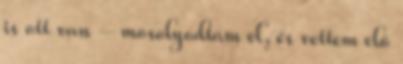
is ott van – mosolyodtam el, és vettem elő